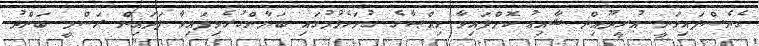
ގެނެސްފައިވަނީ އުރީދޫއިން ޝާއިޢު ކޮށްފައިވާ ޙިއްޞާގެ ހުށަހެޅުމުގައި ބަޔާންކުރެވިފައިވާ ފަދައިން ރަސްމީ ބަންދު